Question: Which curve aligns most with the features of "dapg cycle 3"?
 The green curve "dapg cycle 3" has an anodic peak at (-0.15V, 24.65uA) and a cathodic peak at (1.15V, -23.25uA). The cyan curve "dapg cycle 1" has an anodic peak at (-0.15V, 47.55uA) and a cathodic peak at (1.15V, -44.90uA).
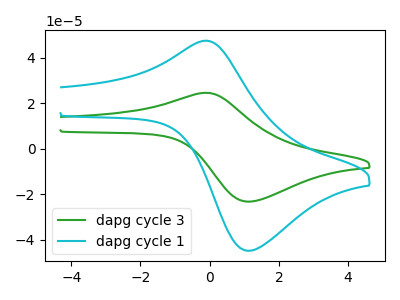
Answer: <think>All the peaks in "dapg cycle 3" have a peak in "dapg cycle 1" at the same potential. Every peak in "dapg cycle 3" is lower than every peak in "dapg cycle 1".
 </think>
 <answer>The CV with the most similar shape to "dapg cycle 1" is "dapg cycle 3".</answer>
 <eval>"dapg cycle 3"</eval>